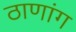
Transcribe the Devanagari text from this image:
ठाणांग